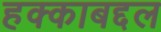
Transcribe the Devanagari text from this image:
हक्काबद्दल